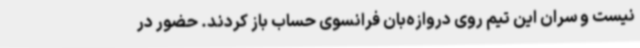
نیست و سران این تیم روی دروازه‌بان فرانسوی حساب باز کردند. حضور در